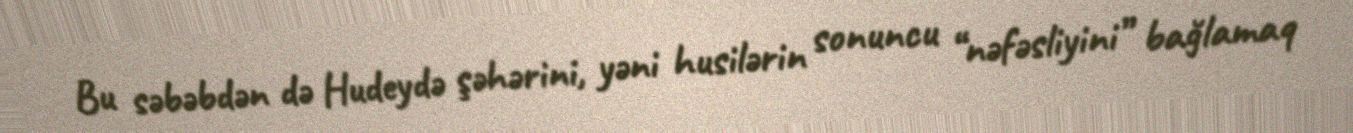
Bu səbəbdən də Hudeydə şəhərini, yəni husilərin sonuncu “nəfəsliyini” bağlamaq